Report of an investigation into the causes of malaria in Bombay and the measures necessary for its control
Disease focus: Malaria
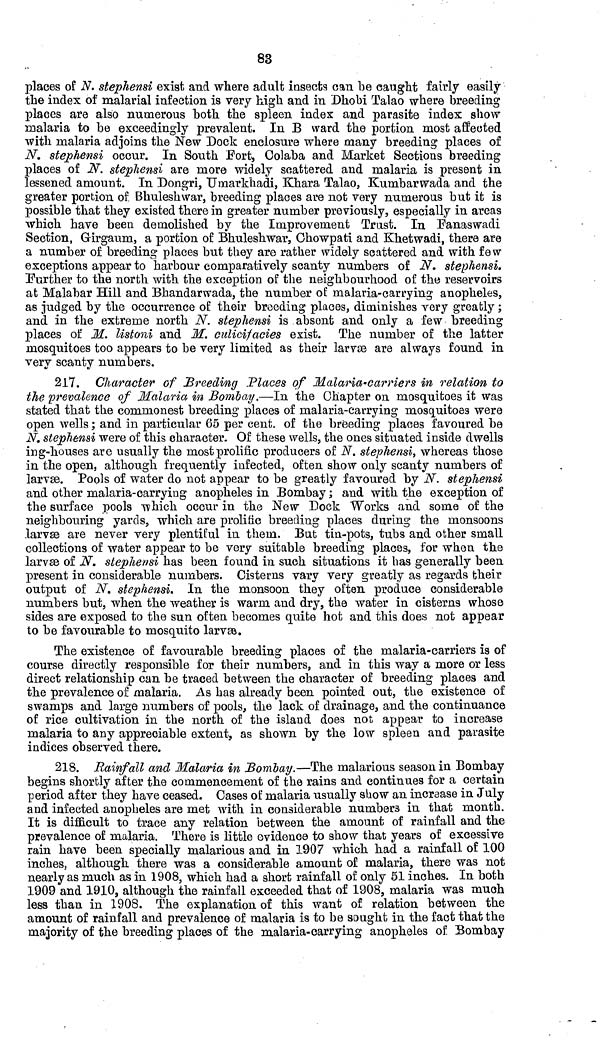
83
places of N. stephensi exist and where adult insects can be caught fairly easily
the index of malarial infection is very high and in Dhobi Talao where breeding
places are also numerous both the spleen index and parasite index show
malaria to be exceedingly prevalent. In B ward the portion most affected
with malaria adjoins the New Dock enclosure where many breeding places of
N. stephensi occur. In South Fort, Colaba and Market Sections breeding
places of N. stephensi are more widely scattered and malaria is present in
lessened amount. In Dongri, Umarkhadi, Khara Talao, Kumbarwada and the
greater portion of. Bhuleshwar, breeding places are not very numerous but it is
possible that they existed there in greater number previously, especially in areas
which have been demolished by the Improvement Trust. In Fanaswadi
Section, Girgaum, a portion of Bhuleshwar, Chowpati and Khetwadi, there are
a number of breeding places but they are rather widely scattered and with few
exceptions appear to harbour comparatively scanty numbers of N. stephensi.
Further to the north with the exception of the neighbourhood of the reservoirs
at Malabar Hill and Bhandarwada, the number of malaria-carrying anopheles,
as judged by the occurrence of their breeding places, diminishes very greatly ;
and in the extreme north N. stephensi is absent and only a few breeding
places of M. listoni and M. culicifacies exist. The number of the latter
mosquitoes too appears to be very limited as their larvæ are always found in
very scanty numbers.
217. Character of Breeding Places of Malaria-carriers in relation to
the prevalence of Malaria in Bombay.—In the Chapter on mosquitoes it was
stated that the commonest breeding places of malaria-carrying mosquitoes were
open wells ; and in particular 65 per cent. of the breeding places favoured be
N. stephensi were of this character. Of these wells, the ones situated inside dwells
ing-houses are usually the most prolific producers of N. stephensi, whereas those
in the open, although frequently infected, often show only scanty numbers of
larvæ. Pools of water do not appear to be greatly favoured by N. stephensi
and other malaria-carrying anopheles in Bombay ; and with the exception of
the surface pools which occur in the New Dock Works and some of the
neighbouring yards, which are prolific breeding places daring the monsoons
larvæ are never very plentiful in them. But tin-pots, tubs and other small
collections of water appear to be very suitable breeding places, for when the
larvæ of N. stephensi has been found in such situations it has generally been
present in considerable numbers. Cisterns vary very greatly as regards their
output of N. stephensi. In the monsoon they often produce considerable
numbers but, when the weather is warm and dry, the water in cisterns whose
sides are exposed to the sun often becomes quite hot and this does not appear
to be favourable to mosquito larvæ.
The existence of favourable breeding places of the malaria-carriers is of
course directly responsible for their numbers, and in this way a more or less
direct relationship can be traced between the character of breeding places and
the prevalence of malaria. As has already been pointed out, the existence of
swamps and large numbers of pools, the lack of drainage, and the continuance
of rice cultivation in the north of the island does not appear to increase
malaria to any appreciable extent, as shown by the low spleen and parasite
indices observed there.
218. Rainfall and Malaria in Bombay.—The malarious season in Bombay
begins shortly after the commencement of the rains and continues for a certain
period after they have ceased. Cases of malaria usually show an increase in July
and infected anopheles are met with in considerable numbers in that month.
It is difficult to trace any relation between the amount of rainfall and the
prevalence of malaria. There is little evidence to show that years of excessive
rain have been specially malarious and in 1907 which had a rainfall of 100
inches, although there was a considerable amount of malaria, there was not
nearly as much as in 1908, which had a short rainfall of only 51 inches. In both
1909 and 1910, although the rainfall exceeded that of 1908, malaria was much
less than in 1908. The explanation of this want of relation between the
amount of rainfall and prevalence of malaria is to be sought in the fact that the
majority of the breeding places of the malaria-carrying anopheles of. Bombay